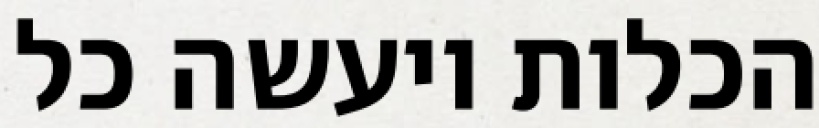
הכלות ויעשה כל